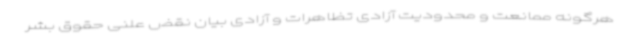
هرگونه ممانعت و محدودیت آزادی تظاهرات و آزادی بیان نقض علنی حقوق بشر